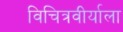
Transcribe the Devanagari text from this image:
विचित्रवीर्याला